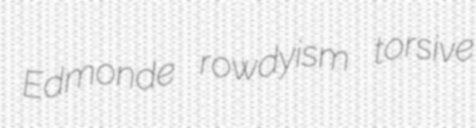
Edmonde rowdyism torsive